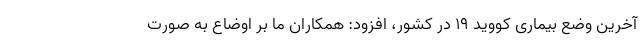
آخرین وضع بیماری کووید ۱۹ در کشور، افزود: همکاران ما بر اوضاع به صورت